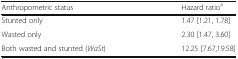
<table><thead><tr><td><b>Anthropometric status</b></td><td><b>Hazard ratio<sup>a</sup></b></td></tr></thead><tbody><tr><td>Stunted only</td><td>1.47 [1.21, 1.78]</td></tr><tr><td>Wasted only</td><td>2.30 [1.47, 3.60]</td></tr><tr><td>Both wasted and stunted (<i>WaSt</i>)</td><td>12.25 [7.67,19.58]</td></tr></tbody></table>